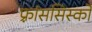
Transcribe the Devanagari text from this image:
फ़्रांससिस्को